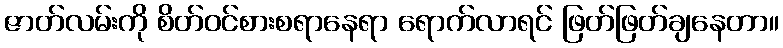
ဇာတ်လမ်းကို စိတ်ဝင်စားစရာနေရာ ရောက်လာရင် ဖြတ်ဖြတ်ချနေတာ။